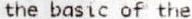
THE BASIC OF THE